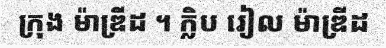
ក្រុង ម៉ាឌ្រីដ ។ ក្លិប រៀល ម៉ាឌ្រីដ